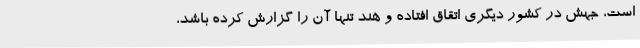
است، جهش در کشور دیگری اتقاق افتاده و هند تنها آن را گزارش کرده باشد،